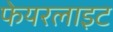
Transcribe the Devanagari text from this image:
फेयरलाइट